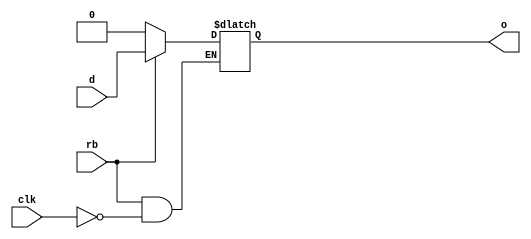
// This program was cloned from: https://github.com/chipsalliance/aib-phy-hardware
// License: Apache License 2.0

// SPDX-License-Identifier: Apache-2.0
// Copyright (C) 2019 Intel Corporation. 
module aibnd_latch (
	input wire clk,
	input wire rb,
	//input wire vcc,
	//input wire vss,
	input wire d,
	output reg o
);

always@(*) begin
	if (!rb) begin
		o <= 0;
	end
	else begin
		if (clk)
			o <= d;
	end
end
endmodule